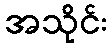
အသိုင်း